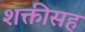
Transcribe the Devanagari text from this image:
शक्तीसह